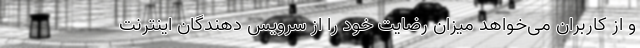
و از کاربران می‌خواهد میزان رضایت خود را از سرویس دهندگان اینترنت